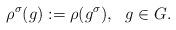
LaTeX: \begin{align*}\rho^{\sigma}(g) := \rho (g^{\sigma}), \ \ g \in G.\end{align*}